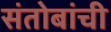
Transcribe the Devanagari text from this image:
संतोबांची